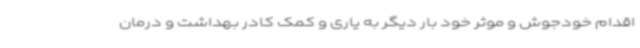
اقدام خودجوش و موثر خود بار دیگر به یاری و کمک کادر بهداشت و درمان